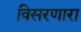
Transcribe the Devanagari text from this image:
विसरणारा